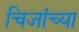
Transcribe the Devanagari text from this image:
चिजांच्या